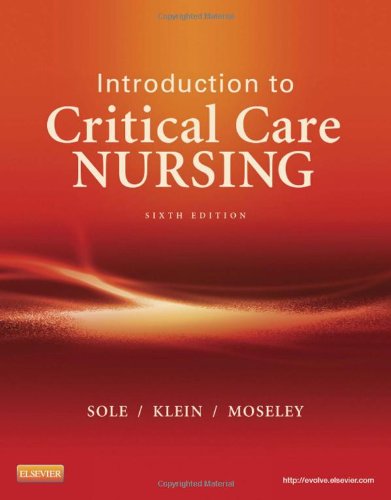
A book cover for Introduction to Critical Care Nursing, 6e (Sole, Introduction to Critical Care Nursing); Mary Lou Sole PhD  RN  CCNS  CNL  FAAN  FCCM; Medical Books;